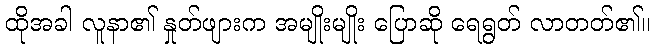
ထိုအခါ လူနာ၏ နှုတ်ဖျားက အမျိုးမျိုး ပြောဆို ရေရွတ် လာတတ်၏။